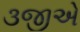
૩જીએ